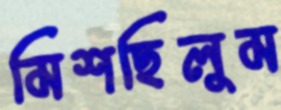
মিশছিলুম